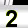
Digit: 2